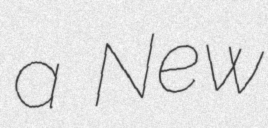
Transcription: a New